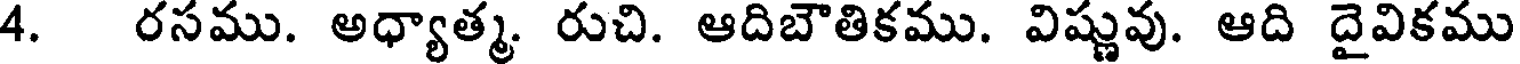
4. రసము. అధ్యాత్మ. రుచి. ఆదిబౌతికము. విష్ణువు. ఆది దైవికము